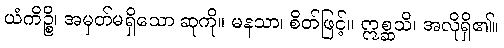
ယံကိဉ္စိ၊ အမှတ်မရှိသော ဆုကို။ မနသာ၊ စိတ်ဖြင့်။ ဣစ္ဆသိ၊ အလိုရှိ၏။